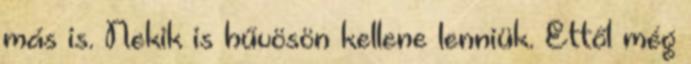
más is. Nekik is hűvösön kellene lenniük. Ettől még